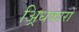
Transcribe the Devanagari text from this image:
अ्रिधकारों